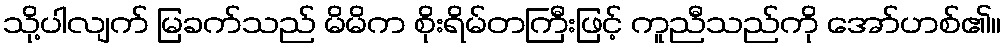
သို့ပါလျက် မြခက်သည် မိမိက စိုးရိမ်တကြီးဖြင့် ကူညီသည်ကို အော်ဟစ်၏။